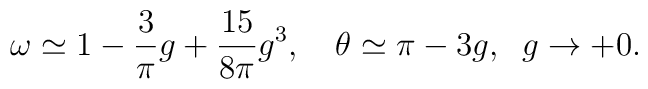
\omega\simeq1-\frac3\pi g+\frac{15}{8\pi}g^3,\quad\theta\simeq\pi-3g,\;\;g\to+0.